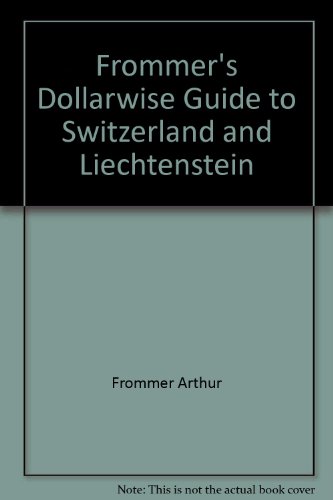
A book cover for Frommer's Dollarwise Guide to Switzerland and Liechtenstein; Darwin Porter; Travel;